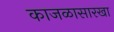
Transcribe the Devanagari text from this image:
काजळासारखा